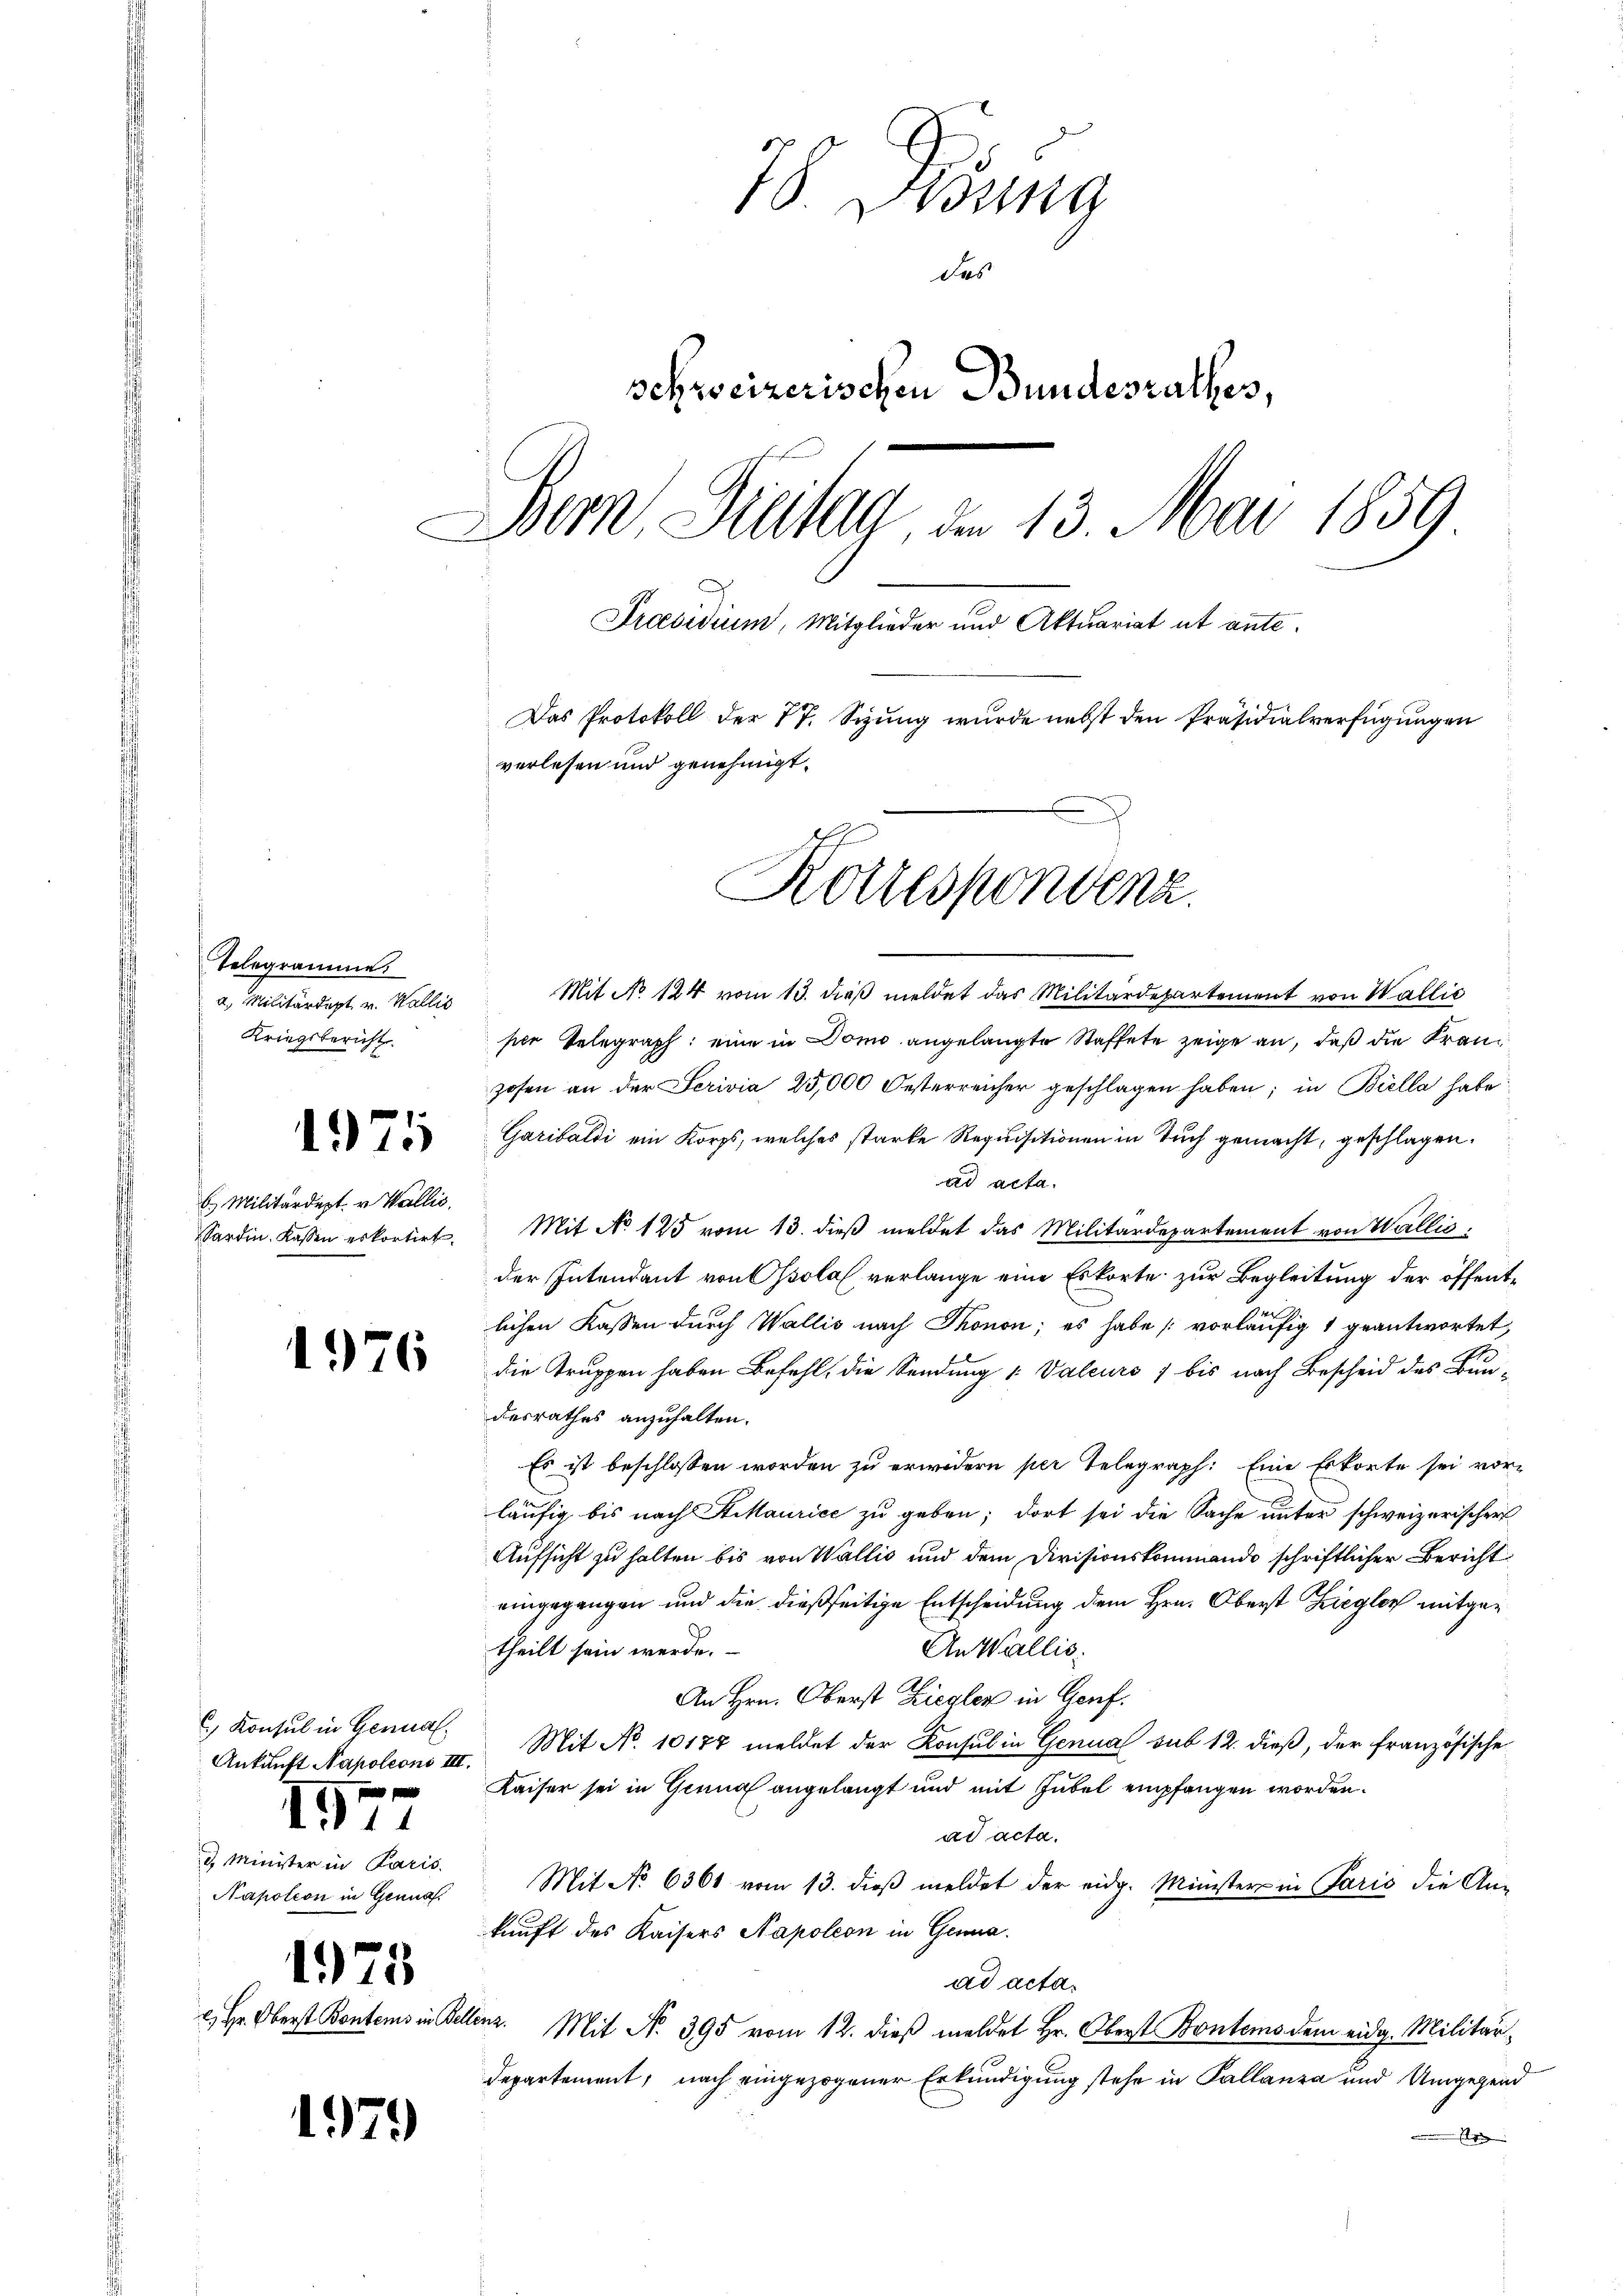
Telegramme
a. Militärdept v. Wallis
Kriegsbericht

Militärdept. v. Wallis,
Sardin. Kassen es kortirt.

) Konsul in Genual
Ankunft Napoleons III.

11

2. Minister in Paris.
Napoleon in Genua

1975

.

1)
) Hr. Oberst Bo

78. Krönung
des
schweizerischen Bundesrathes,
Bern Freitig, am 13. Mai 1859
Praesidium, Mitglieder und Aktuariat ut ante¬
Das Protokoll der 77. Sizung wurde nebst den Präsidialverfügungen
verlesen und genehmigt.
Korrespondenz

976

25

1979

Atems in Beh

Mit No 124 vom 13. dieß meldet das Militärdepartement von Wallis
pier Telegraph eine in Domo angelangte Staffete zeige an, daß die Franzosen an der Serivia 25,000 Oesterreicher geschlagen haben; in Biella habe
Garibaldi ein Korps, welches starke Requisitionen in Tuch gemacht, geschlagen.
ad acta.
Mit No 125 vom 13. dieß meldet das Militärdepartement von Wallis
der Intendant von sola verlange eine Eskorte zur Begleitung der öffentlichen Kassen durch Wallis nach Thonon; es habe vorläufig 1 geantwortet,
die Truppen haben Befehl, die Sendung 1: Valeurs 7 bis nach Bescheid des Bun-
desrathes anzuhalten.
Es ist beschlossen worden zu erwidern per Telegraph: Eine Erkorte sei vor-
läufig bis nach Hilaurice zu geben; dort sei die Sache unter schweizerischer
Aufsicht zu halten bis von Wallis und dem Divisionskommando schriftlicher Bericht
eingegangen und die dießseitige Entscheidung dem Hrn. Oberst Ziegler mitgetheilt sein werde.
An Wallis.
An Hrn. Oberst Ziegler in Genf.
Mit No. 10177 meldet der Konsul in Genual sub 12. dieß, der französische
Kaiser sei in Grund angelangt und mit Jubel empfangen worden.
ad acta.
Mit No 6361 vom 13. dieβ meldet der eidg. Minister in Paris die An-
kunft des Kaisers Napoleon in Gena
ad acta.
n. Mit Nr. 395 vom 12. dieß meldet Hr. Oberst Bontems dem eidg. Militärdepartement, nach eingezogener Erkundigung stehe in Pallanza und Umgegend